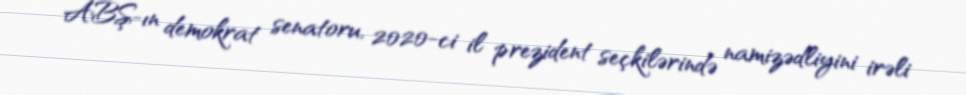
ABŞ-ın demokrat senatoru, 2020-ci il prezident seçkilərində namizədliyini irəli